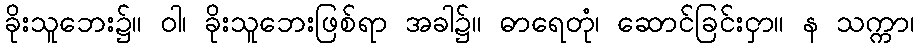
ခိုးသူဘေး၌။ ဝါ၊ ခိုးသူဘေးဖြစ်ရာ အခါ၌။ ဓာရေတုံ၊ ဆောင်ခြင်းငှာ။ န သက္ကာ၊